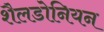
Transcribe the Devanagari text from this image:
शैलडोनियन